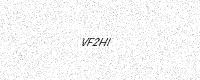
Text: VF2HI